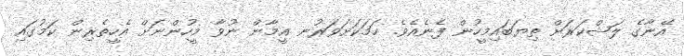
އޭނާގެ ލަޝްކަރަށް ތިޔަބައިމީހުން ފެނެއެވެ. ހަމަކަށަވަރުނ އީމާން ނުވާ މީހުންނަށް އެހީތެރިން ކަމުގައި